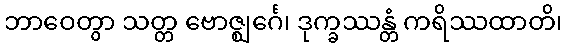
ဘာဝေတွာ သတ္တ ဗောဇ္ဈင်္ဂေ၊ ဒုက္ခဿန္တံ ကရိဿထာတိ၊